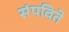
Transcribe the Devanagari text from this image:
संपविते